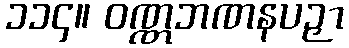
၁၁၄။ ဝဏ္ဏဘဏနပဉှာ